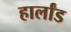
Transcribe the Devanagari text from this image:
हार्लांड